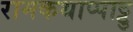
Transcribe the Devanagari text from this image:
रामकथाप्पाट्टु